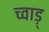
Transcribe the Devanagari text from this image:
च्वाड़्